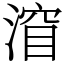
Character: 㴭